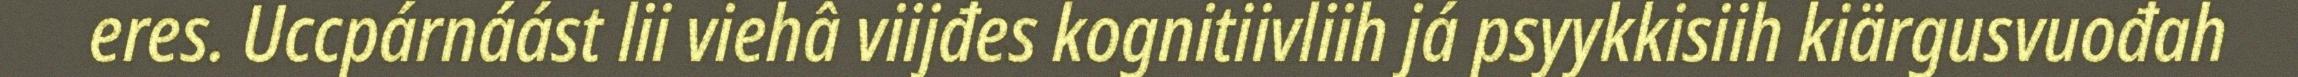
eres. Uccpárnáást lii viehâ viijđes kognitiivliih já psyykkisiih kiärgusvuođah